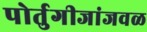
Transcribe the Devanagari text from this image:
पोर्तुगीजांजवळ